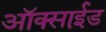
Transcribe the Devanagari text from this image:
ऑक्साई़ड